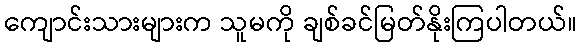
ကျောင်းသားများက သူမကို ချစ်ခင်မြတ်နိုးကြပါတယ်။